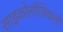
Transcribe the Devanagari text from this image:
साइकोलॉजिकली